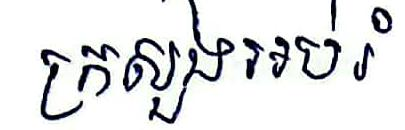
ក្រសួងអប់រំ